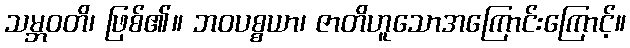
သမ္ဘဝတိ၊ ဖြစ်၏။ ဘဝပစ္စယာ၊ ဇာတိဟူသောအကြောင်းကြောင့်။